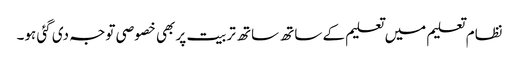
نظام تعلیم میں تعلیم کے ساتھ ساتھ تربیت پر بھی خصوصی توجہ دی گئی ہو۔